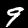
Digit: 9